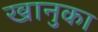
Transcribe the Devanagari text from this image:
खानुका